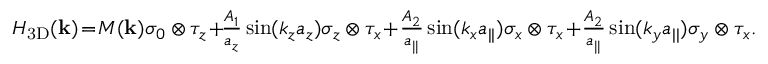
\begin{array} { r } { { \cal H } _ { \mathrm { 3 D } } ( { \bf k } ) \! = \! M ( { \bf k } ) \sigma _ { 0 } \otimes \tau _ { z } \! + \! \! \frac { A _ { 1 } } { a _ { z } } \sin ( k _ { z } a _ { z } ) \sigma _ { z } \otimes \tau _ { x } \! + \! \frac { A _ { 2 } } { a _ { | | } } \sin ( k _ { x } a _ { | | } ) \sigma _ { x } \otimes \tau _ { x } \! + \! \frac { A _ { 2 } } { a _ { | | } } \sin ( k _ { y } a _ { | | } ) \sigma _ { y } \otimes \tau _ { x } . } \end{array}